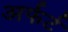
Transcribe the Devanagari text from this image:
अर्फर्ट